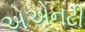
એએનટી